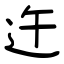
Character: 迕